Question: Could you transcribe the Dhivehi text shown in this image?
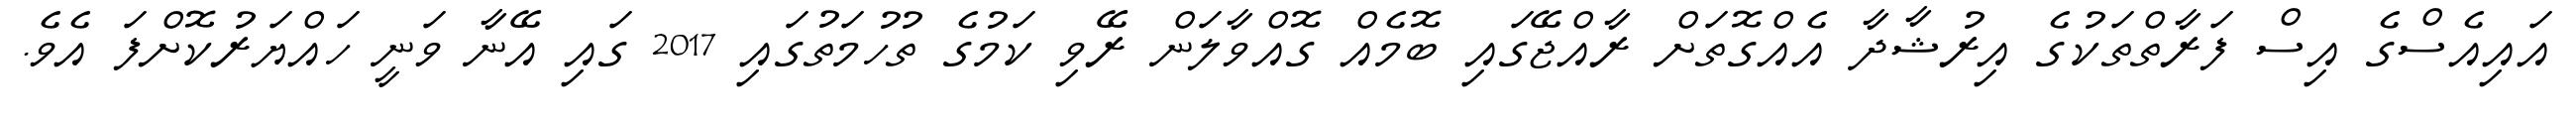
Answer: އައިއެސްގެ އިސް ފަރާތްތަކުގެ އިރުޝާދާ އެއްގޮތަށް ރާއްޖޭގައި ބޮމެއް ގޮއްވާލަން ރޭވި ކަމުގެ ތުހުމަތުގައި 2017 ގައި އޭނާ ވަނީ ހައްޔަރުކޮށްފަ އެވެ.